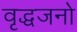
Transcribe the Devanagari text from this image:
वृद्धजनो